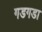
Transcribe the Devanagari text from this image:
गडगडा